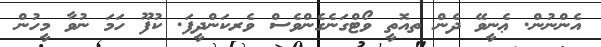
އެންނުން. ޢެނީވޭ ދެން ތއޮތީ ވޯޓްގަނެގެންވެސް ވެރކަންދީފަ. ކުފޫ ހަމަ ނުވާ މީހުން